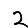
Digit: 2